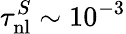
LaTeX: \tau_{\mathrm{nl}}^{S}\sim 10^{-3}